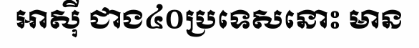
អាស៊ី ជាង៤០ប្រទេសនោះ មាន